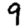
Digit: 9